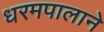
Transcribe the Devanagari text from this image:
धरमपालाने